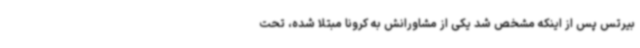
بیرتس پس از اینکه مشخص شد یکی از مشاورانش به کرونا مبتلا شده، تحت